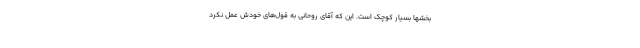
بخشها بسیار کوچک است. این که آقای روحانی به قول‌های خودش عمل نکرد